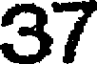
37